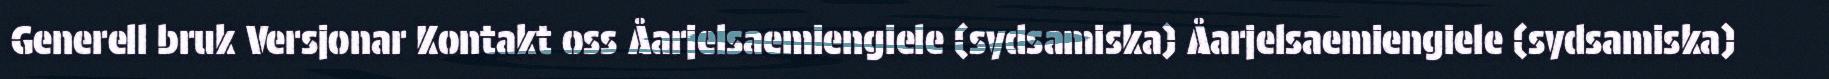
Generell bruk Versjonar Kontakt oss Åarjelsaemiengiele (sydsamiska) Åarjelsaemiengiele (sydsamiska)